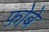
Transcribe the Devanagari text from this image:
फ़ोबे